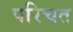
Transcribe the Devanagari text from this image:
परिचत